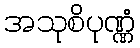
အသုစိပုဏ္ဏံ